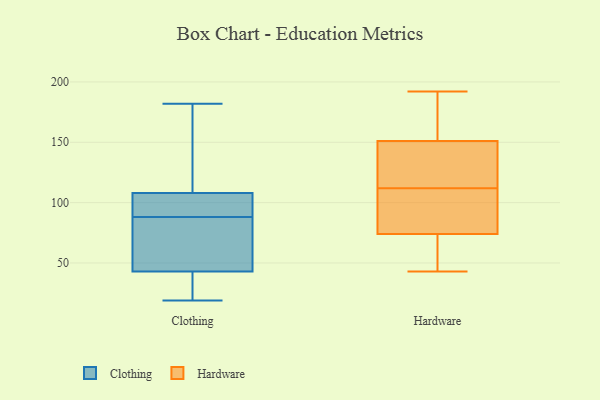
{"axis": {"x": "Active Users", "y": "Value"}, "legend": ["Clothing", "Hardware"], "data": [{"x": "", "y": 106, "type": "Clothing"}, {"x": "", "y": 166, "type": "Clothing"}, {"x": "", "y": 84, "type": "Clothing"}, {"x": "", "y": 19, "type": "Clothing"}, {"x": "", "y": 92, "type": "Clothing"}, {"x": "", "y": 106, "type": "Clothing"}, {"x": "", "y": 52, "type": "Clothing"}, {"x": "", "y": 46, "type": "Clothing"}, {"x": "", "y": 26, "type": "Clothing"}, {"x": "", "y": 182, "type": "Clothing"}, {"x": "", "y": 40, "type": "Clothing"}, {"x": "", "y": 110, "type": "Clothing"}, {"x": "", "y": 150, "type": "Hardware"}, {"x": "", "y": 192, "type": "Hardware"}, {"x": "", "y": 125, "type": "Hardware"}, {"x": "", "y": 112, "type": "Hardware"}, {"x": "", "y": 110, "type": "Hardware"}, {"x": "", "y": 154, "type": "Hardware"}, {"x": "", "y": 148, "type": "Hardware"}, {"x": "", "y": 75, "type": "Hardware"}, {"x": "", "y": 61, "type": "Hardware"}, {"x": "", "y": 43, "type": "Hardware"}, {"x": "", "y": 169, "type": "Hardware"}, {"x": "", "y": 74, "type": "Hardware"}, {"x": "", "y": 74, "type": "Hardware"}]}